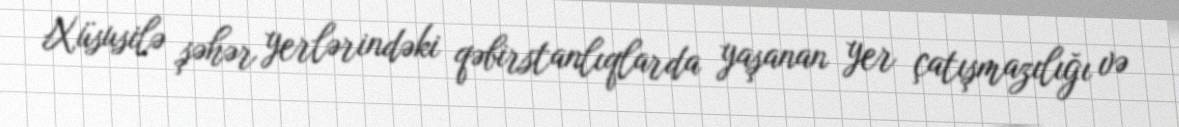
Xüsusilə şəhər yerlərindəki qəbirstanlıqlarda yaşanan yer çatışmazılığı və